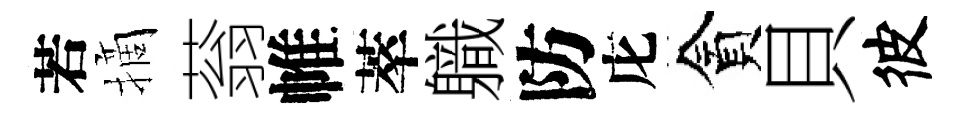
若摘蓊帷萃軄防庀貪貝彼